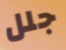
جلل